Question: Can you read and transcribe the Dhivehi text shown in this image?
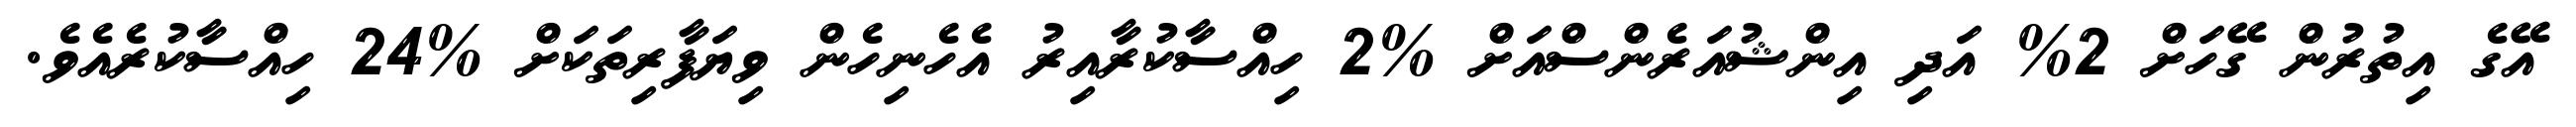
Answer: އޭގެ އިތުރުން ގޭހަށް 2% އަދި އިންޝުއަރެންސްއަށް %2 ހިއްސާކުރާއިރު އެހެނިހެން ވިޔަފާރިތަކަށް %24 ހިއްސާކުރެއެވެ.